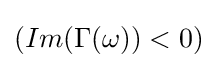
\left(Im(\Gamma (\omega ))<0\right)